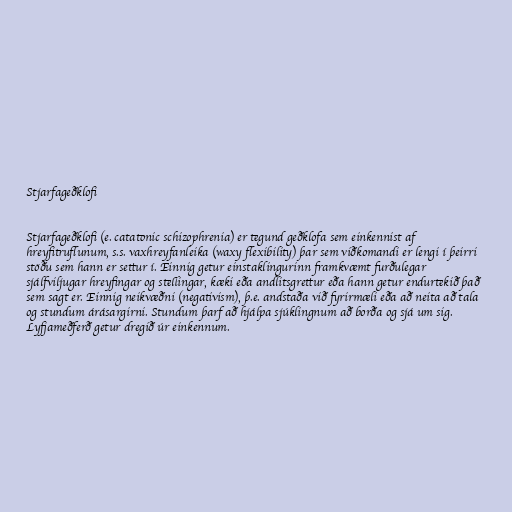
Stjarfageðklofi

Stjarfageðklofi (e. catatonic schizophrenia) er tegund geðklofa sem einkennist af
hreyfitruflunum, s.s. vaxhreyfanleika (waxy flexibility) þar sem viðkomandi er lengi í þeirri
stöðu sem hann er settur í. Einnig getur einstaklingurinn framkvæmt furðulegar
sjálfviljugar hreyfingar og stellingar, kæki eða andlitsgrettur eða hann getur endurtekið það
sem sagt er. Einnig neikvæðni (negativism), þ.e. andstaða við fyrirmæli eða að neita að tala
og stundum árásargirni. Stundum þarf að hjálpa sjúklingnum að borða og sjá um sig.
Lyfjameðferð getur dregið úr einkennum.